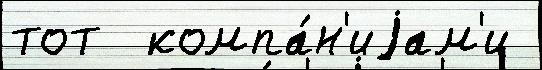
тот  компа́н'иjам'и